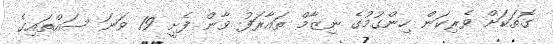
ގޮތަކަށް ވެރިކަން ހިންގުމުގެ ނިޒާމް ތައާރަފު ވާން ފެށީ 19 ވަނަ ސައްތައިގެ